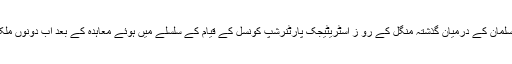
سعودی وزیر کا کہنا تھا کہ وزیر اعظم مودی اور ولی عہد شہزادہ محمد بن سلمان کے درمیان گذشتہ منگل کے رو ز اسٹریٹیجک پارٹنرشپ کونسل کے قیام کے سلسلے میں ہوئے معاہدہ کے بعد اب دونوں ملکوں کے باہمی تعلقات نئی بلندیوں کی طرف مزید تیزی سے گامزن ہوں گے۔